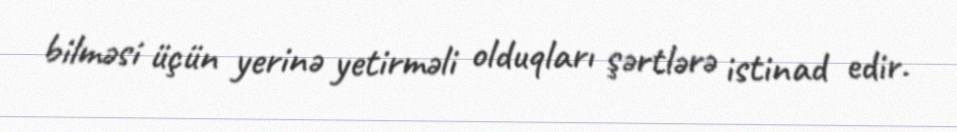
bilməsi üçün yerinə yetirməli olduqları şərtlərə istinad edir.